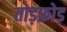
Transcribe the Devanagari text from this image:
तोड़फ़ोड़